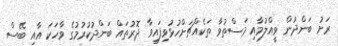
ރަށު ބަންދުން ވީއްލުމާއި މަސްތުވާ ތަކެއްޗަށްހުޅުވިފައިވާ ދޮރުތައް ބަންދުކުރުމުގެ ވާހަކަ އާއި ބޭސް